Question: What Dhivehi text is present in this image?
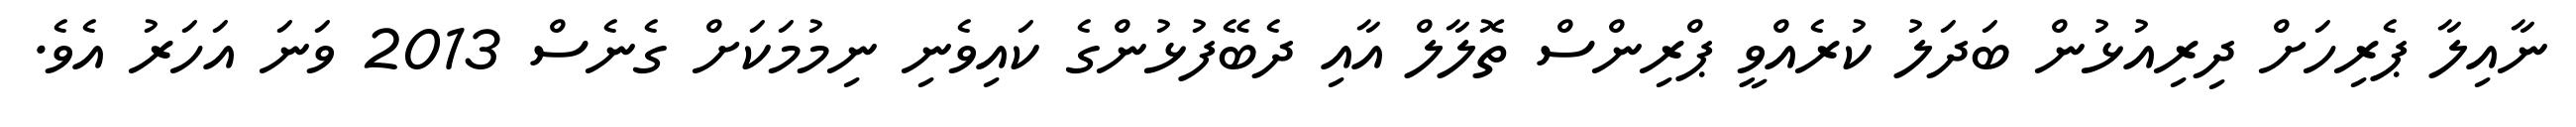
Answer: ނާއިލާ ޕެރިހަށް ދިރިއުޅުން ބަދަލު ކުރެއްވީ ޕްރިންސް ތޮލާލް އާއި ދެބޭފުޅުންގެ ކައިވެނި ނިމުމަކަށް ގެނެސް 2013 ވަނަ އަހަރު އެވެ.